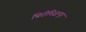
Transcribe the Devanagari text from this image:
थिरीविज़न्दूर